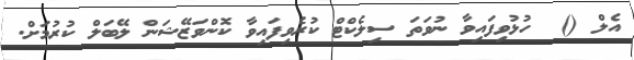
އެލް ()  ހުޅުވިފައިވާ ނުވަތަ ސިލެކްޓް ކުރެވިފައިވާ ކޮންވަޒޭޝަން ލޭބަލް ކުރުމަށް.